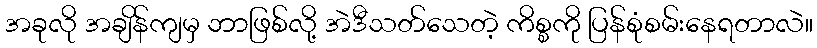
အခုလို အချိန်ကျမှ ဘာဖြစ်လို့ အဲဒီသတ်သေတဲ့ ကိစ္စကို ပြန်စုံစမ်းနေရတာလဲ။